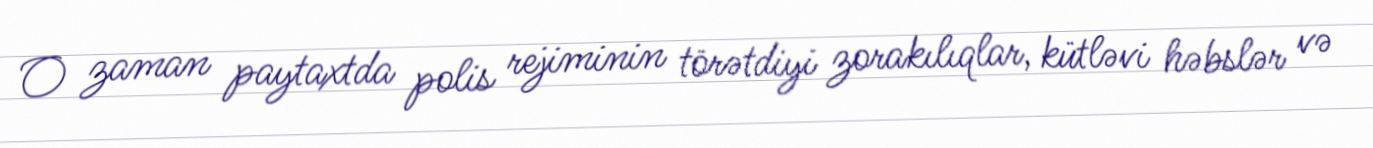
O zaman paytaxtda polis rejiminin törətdiyi zorakılıqlar, kütləvi həbslər və